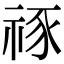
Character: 𥙮